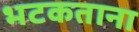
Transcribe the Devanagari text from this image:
भटकताना